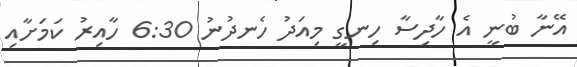
އޭނާ ބުނީ އެ ހާދިސާ ހިނގީ މިއަދު ހެނދުނު 6:30 ހާއިރު ކަމަށާއި